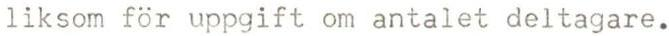
liksom för uppgift om antalet deltagare.